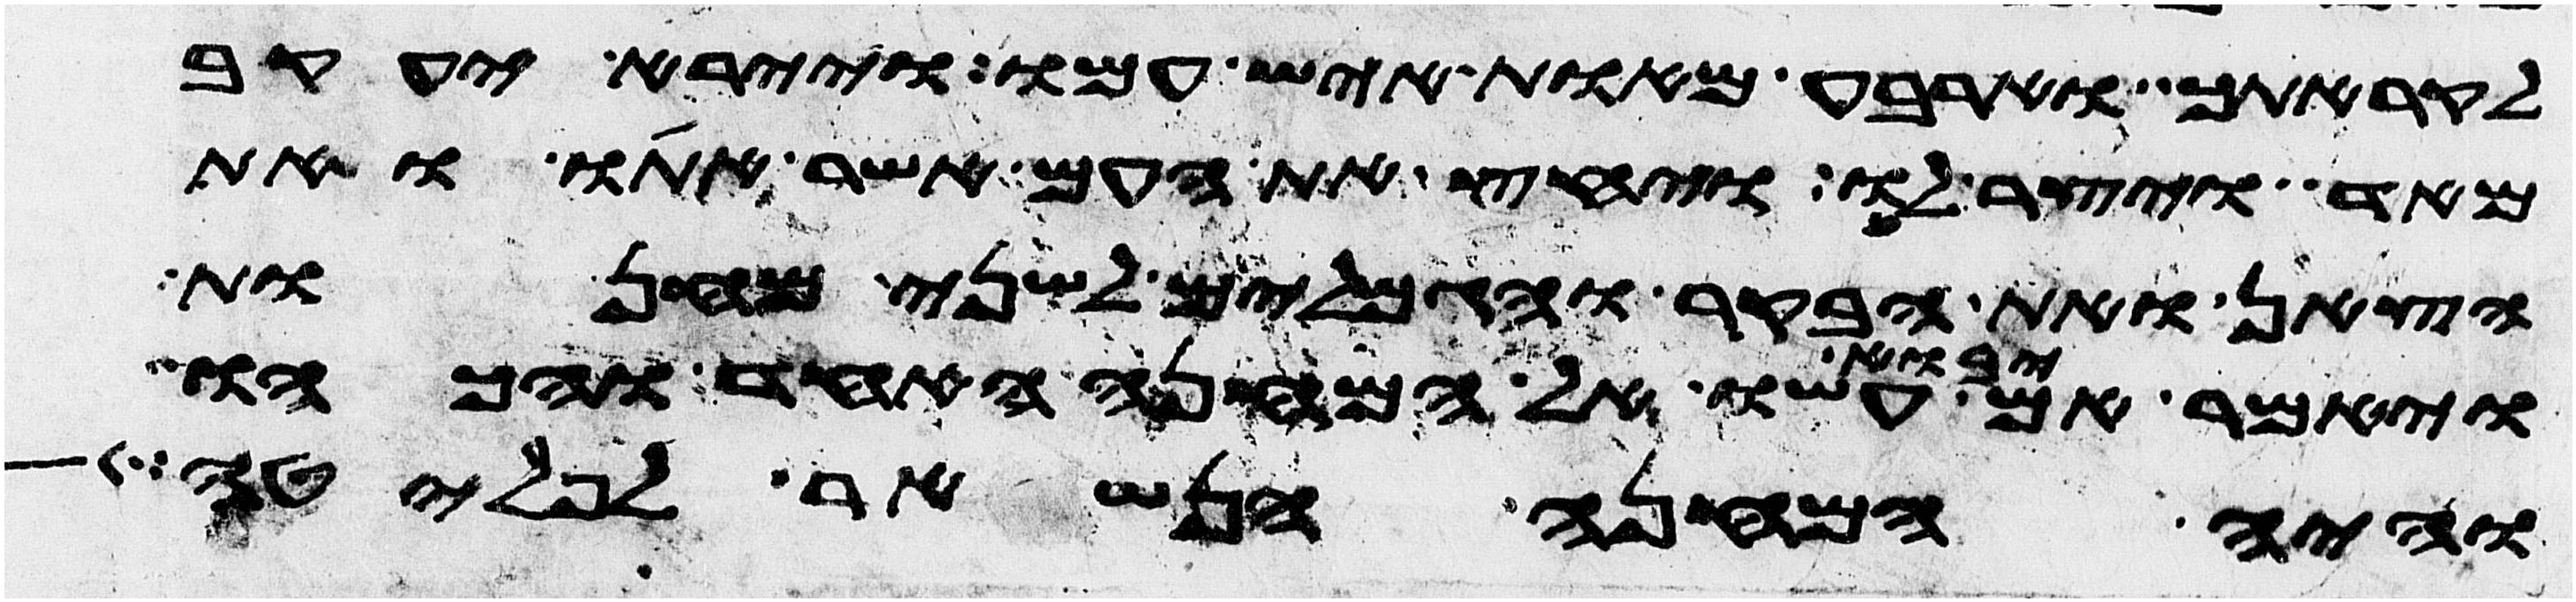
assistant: לקראתך וארבע מאות איש עמו ויירא יעקב
מאד ויצר לו ויחץ את העם אשר אתו ואת
הצאן ואת הבקר והגמלים לשני מחנות
ויאמר אם יבוא עשו אל המחנה האחד והכהו
והיה המחנה הנשאר לפלטה